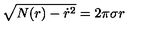
\sqrt { N ( r ) - \dot { r } ^ { 2 } } = 2 \pi \sigma r